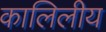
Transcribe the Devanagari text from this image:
कालिलीय